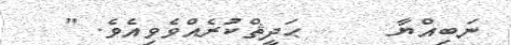
ނަބިއްޔާ     ޙަދީޘްކުރެއްވެވިއެވެ. "